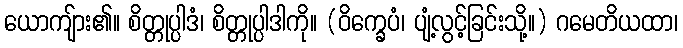
ယောကျ်ား၏။ စိတ္တုပ္ပါဒံ၊ စိတ္တုပ္ပါဒါကို။ (ဝိက္ခေပံ၊ ပျံ့လွင့်ခြင်းသို့။) ဂမေတိယထာ၊